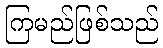
ကြမည်ဖြစ်သည်